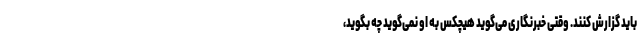
باید گزارش کنند. وقتی خبرنگاری می‌گوید هیچکس به او نمی‌گوید چه بگوید،